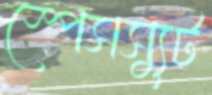
স্পেসস্যুট